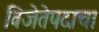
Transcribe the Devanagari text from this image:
विजेतेपदाचा